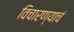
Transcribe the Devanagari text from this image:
विचारण्याचं